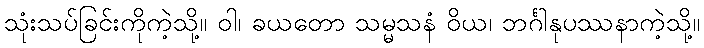
သုံးသပ်ခြင်းကိုကဲ့သို့။ ဝါ၊ ခယတော သမ္မသနံ ဝိယ၊ ဘင်္ဂါနုပဿနာကဲ့သို့။